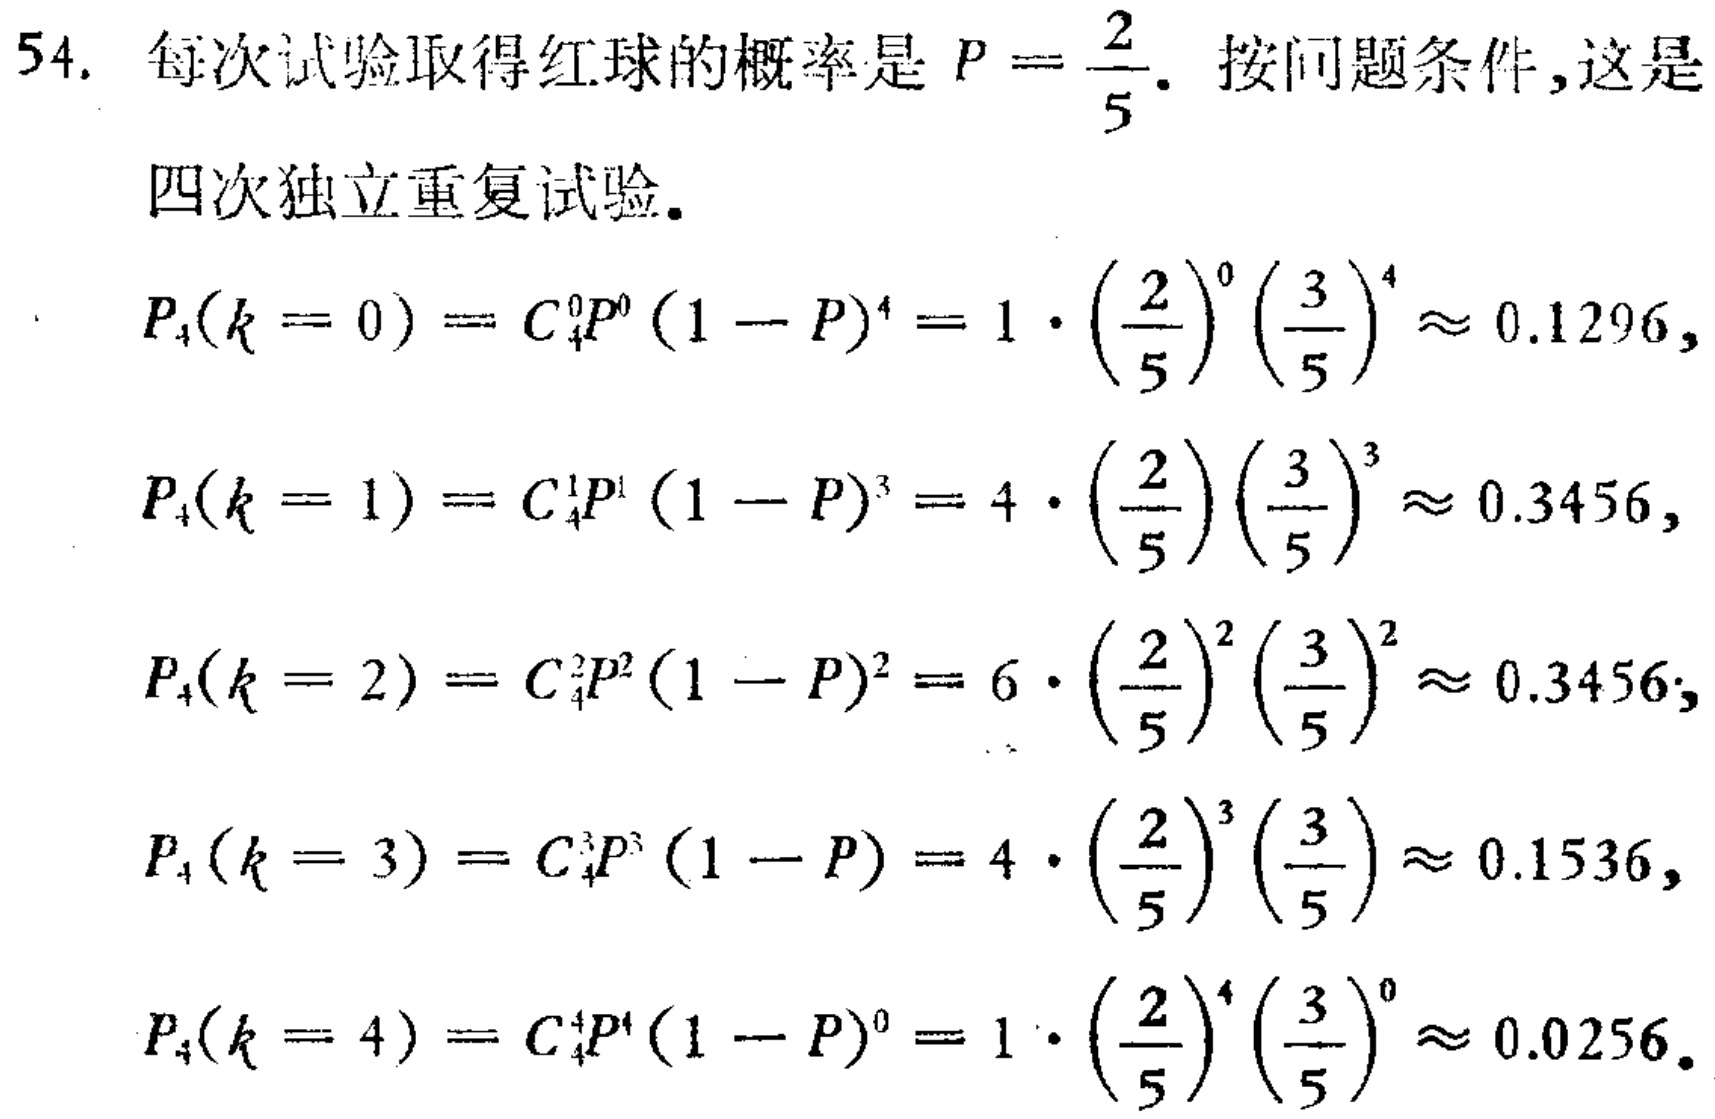
54. 每次试验取得红球的概率是 \(P = \frac{2}{5}\). 按问题条件,这是

四次独立重复试验.

\[

\begin{align*}

P_{4}(k = 0)&=C_{4}^{0}P^{0}(1 - P)^{4}=1\cdot\left(\frac{2}{5}\right)^{0}\left(\frac{3}{5}\right)^{4}\approx 0.1296,\\

P_{4}(k = 1)&=C_{4}^{1}P^{1}(1 - P)^{3}=4\cdot\left(\frac{2}{5}\right)\left(\frac{3}{5}\right)^{3}\approx 0.3456,\\

P_{4}(k = 2)&=C_{4}^{2}P^{2}(1 - P)^{2}=6\cdot\left(\frac{2}{5}\right)^{2}\left(\frac{3}{5}\right)^{2}\approx 0.3456,\\

P_{4}(k = 3)&=C_{4}^{3}P^{3}(1 - P)=4\cdot\left(\frac{2}{5}\right)^{3}\left(\frac{3}{5}\right)\approx 0.1536,\\

P_{4}(k = 4)&=C_{4}^{4}P^{4}(1 - P)^{0}=1\cdot\left(\frac{2}{5}\right)^{4}\left(\frac{3}{5}\right)^{0}\approx 0.0256.

\end{align*}

\]